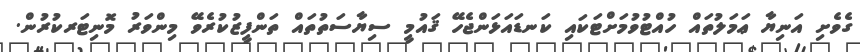
ގެވެށި އަނިޔާ ޢަމަލުތައް ހުއްޓުވުމަށްޓަކައި ކަނޑައަޅަންޖެހޭ ޤައުމީ ސިޔާސަތުތައް ތަންފީޒުކުރެވޭ މިންވަރު މޮނިޓަރކުރުން.